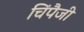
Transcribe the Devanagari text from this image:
चिंपैजी